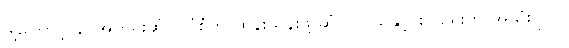
ဒါ့ကြောင့် နဂိုအတိုင်းဆံပင်ပုံစံကို ထိန်းသိန်းဖို့ ဆံပင်ဂျယ်နှင့် စပရေးကို အသုံးပြုပါ။